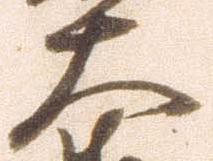
大